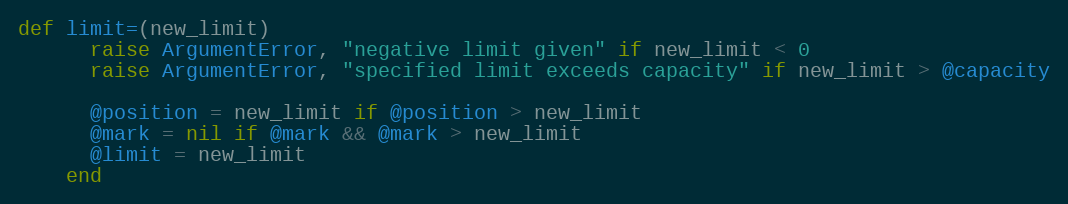
Language: Ruby
def limit=(new_limit)
      raise ArgumentError, "negative limit given" if new_limit < 0
      raise ArgumentError, "specified limit exceeds capacity" if new_limit > @capacity

      @position = new_limit if @position > new_limit
      @mark = nil if @mark && @mark > new_limit
      @limit = new_limit
    end